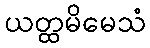
ယတ္ထမိမေသံ